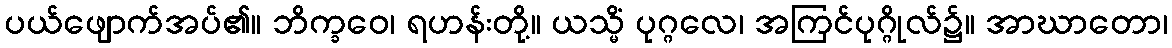
ပယ်ဖျောက်အပ်၏။ ဘိက္ခဝေ၊ ရဟန်းတို့။ ယသ္မိံ ပုဂ္ဂလေ၊ အကြင်ပုဂ္ဂိုလ်၌။ အာဃာတော၊